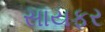
સાયફર